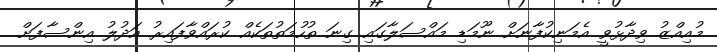
މުއިއްޒު ވިދާޅުވީ އެމަނިކުފާނަށް ނޫމަޑި މައްސަލާގައި ގިނަ ތުހުމަތުތަކެއް ކުރައްވާފައިރު އަދުލު އިންސާފަށް